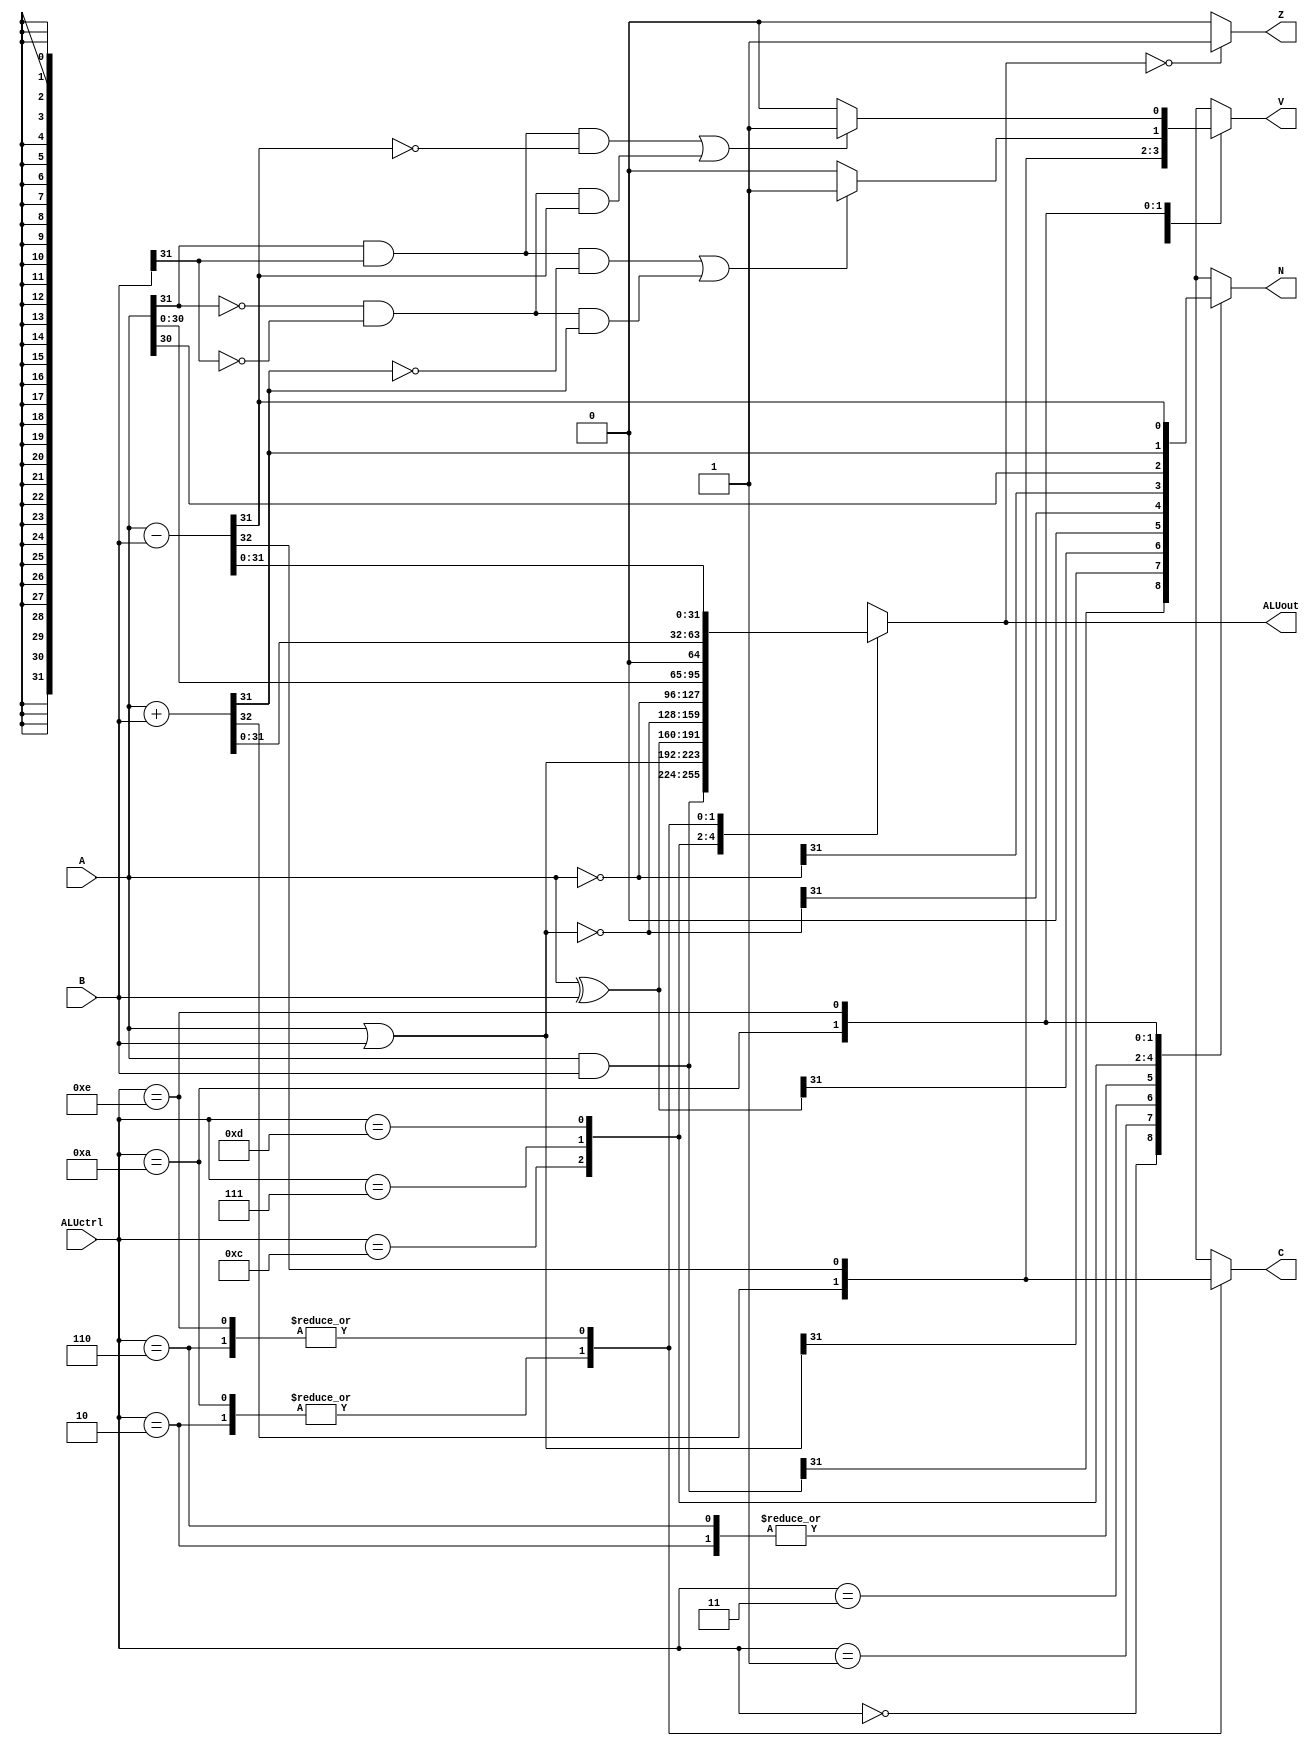
`timescale 1ns / 1ps
//////////////////////////////////////////////////////////////////////////////////
// Company: 
// Engineer: 
// 
// Design Name: 
// Module Name: ALU
// Project Name: 
// Target Devices: 
// Tool Versions: 
// Description: 
// 
// Dependencies: 
// 
// Revision:
// Revision 0.01 - File Created
// Additional Comments:
// 
//////////////////////////////////////////////////////////////////////////////////


module ALU(
    input [31:0] A,
    input [31:0] B,
    input [3:0] ALUctrl,
    output reg [31:0] ALUout,
    output reg N,
    output reg C,
    output Z,
    output reg V
    );
    
    assign Z = (ALUout == 0) ? 1'b1 : 1'b0;
    always@(*) begin
        case(ALUctrl)
            4'b0000: begin  //AND
                        ALUout = A & B;
                        C = 1'bx;
                        V = 1'bx;
                        N = ALUout[31];
                    end
            4'b0001: begin  //OR
                         ALUout = A | B;
                         C = 1'bx;
                         V = 1'bx;
                         N = ALUout[31];
                    end
            4'b0011: begin  //XOR
                         ALUout = A ^ B;
                         C = 1'bx;
                         V = 1'bx;
                         N = ALUout[31];
                    end
            4'b0010: begin  //Add Unsigned
                         {C, ALUout} = A + B;
                         V = C;
                         N = 0;
                    end
            4'b0110: begin  //Subtract unsigned
                         {C, ALUout} = A - B;
                         V = C;
                         N = 0;
                   end
            4'b1100: begin  //NOR
                        ALUout = ~(A | B);
                        C = 1'bx;
                        V = 1'bx;
                        N = ALUout[31];
                   end
            4'b0111: begin  //NOT
                        ALUout = ~A;
                        C = 1'bx;
                        V = 1'bx;
                        N = ALUout[31];
                   end
            4'b1101: begin  //SLL
                        ALUout = A << 1;
                        C = 1'bx;
                        V = 1'bx;
                        N = ALUout[31];
                   end 
            4'b1010: begin  //add signed
                        {C, ALUout} = A + B;
                        if ((A[31] & B[31] & ~ALUout[31]) || (~A[31] & ~B[31] & ALUout[31]))
                            V = 1'b1;
                        else
                            V = 1'b0;
                        N = ALUout[31];
                   end
            4'b1110: begin  //subtract signed
                        {C, ALUout} = A - B;
                        if ((A[31] & B[31] & ~ALUout[31]) || (~A[31] & ~B[31] & ALUout[31]))
                            V = 1'b1;
                        else
                            V = 1'b0;
                        N = ALUout[31];
                   end
            default: begin
                        ALUout = 32'bx;
                        {C, V, N} = 3'bxxx;
                     end
        endcase
    end
endmodule